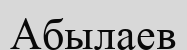
Абылаев